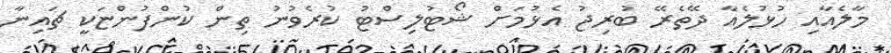
މާލެއާއި ހުޅުލެއާ ދޭތެރޭ ބުރިޖު އެޅުމަށް ޝޯޓުލިސްޓު ކުރެވުނު ތިން ކުންފުންޏަކީ ޗައިނާ